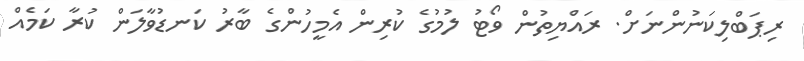
ރިޕަބްލިކަނުންނަށް. ރައްޔިތުން ވޯޓު ލުމުގެ ކުރިން އެމީހުންގެ ބާރު ކަނޑުވާލަން ކުރާ ކަމެއް